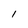
Character: I